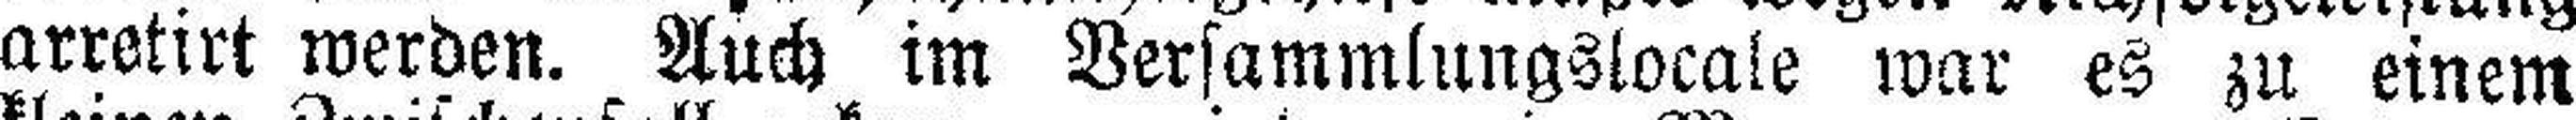
arretirt werden. Auch im Versammlungslocale war es zu einem